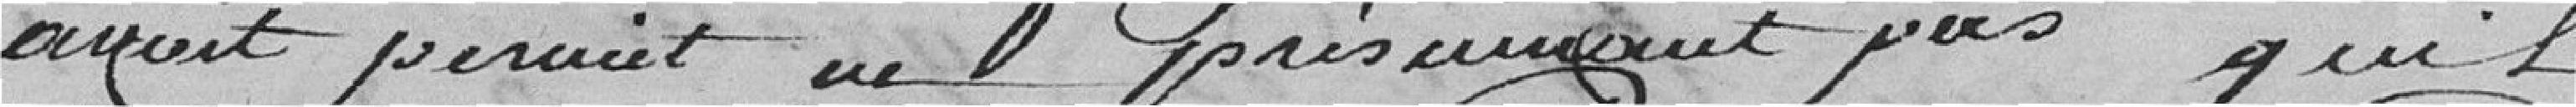
avait permis ne présumant pas qu'il